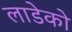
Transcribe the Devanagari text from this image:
लाडेको